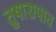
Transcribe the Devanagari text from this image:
तुषारापात